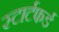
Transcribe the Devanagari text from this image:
स्टार्टफर्ड